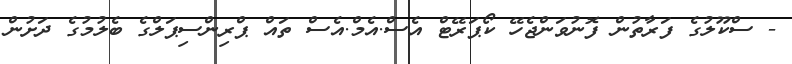
- ސްކޫލުގެ ފަރާތުން ފޮނުވަންޖެހޭ ކޯޕަރޭޓް އެސް.އެމް.އެސް ތައް ޕްރިންސިޕަލްގެ ބެލުމުގެ ދަށުން